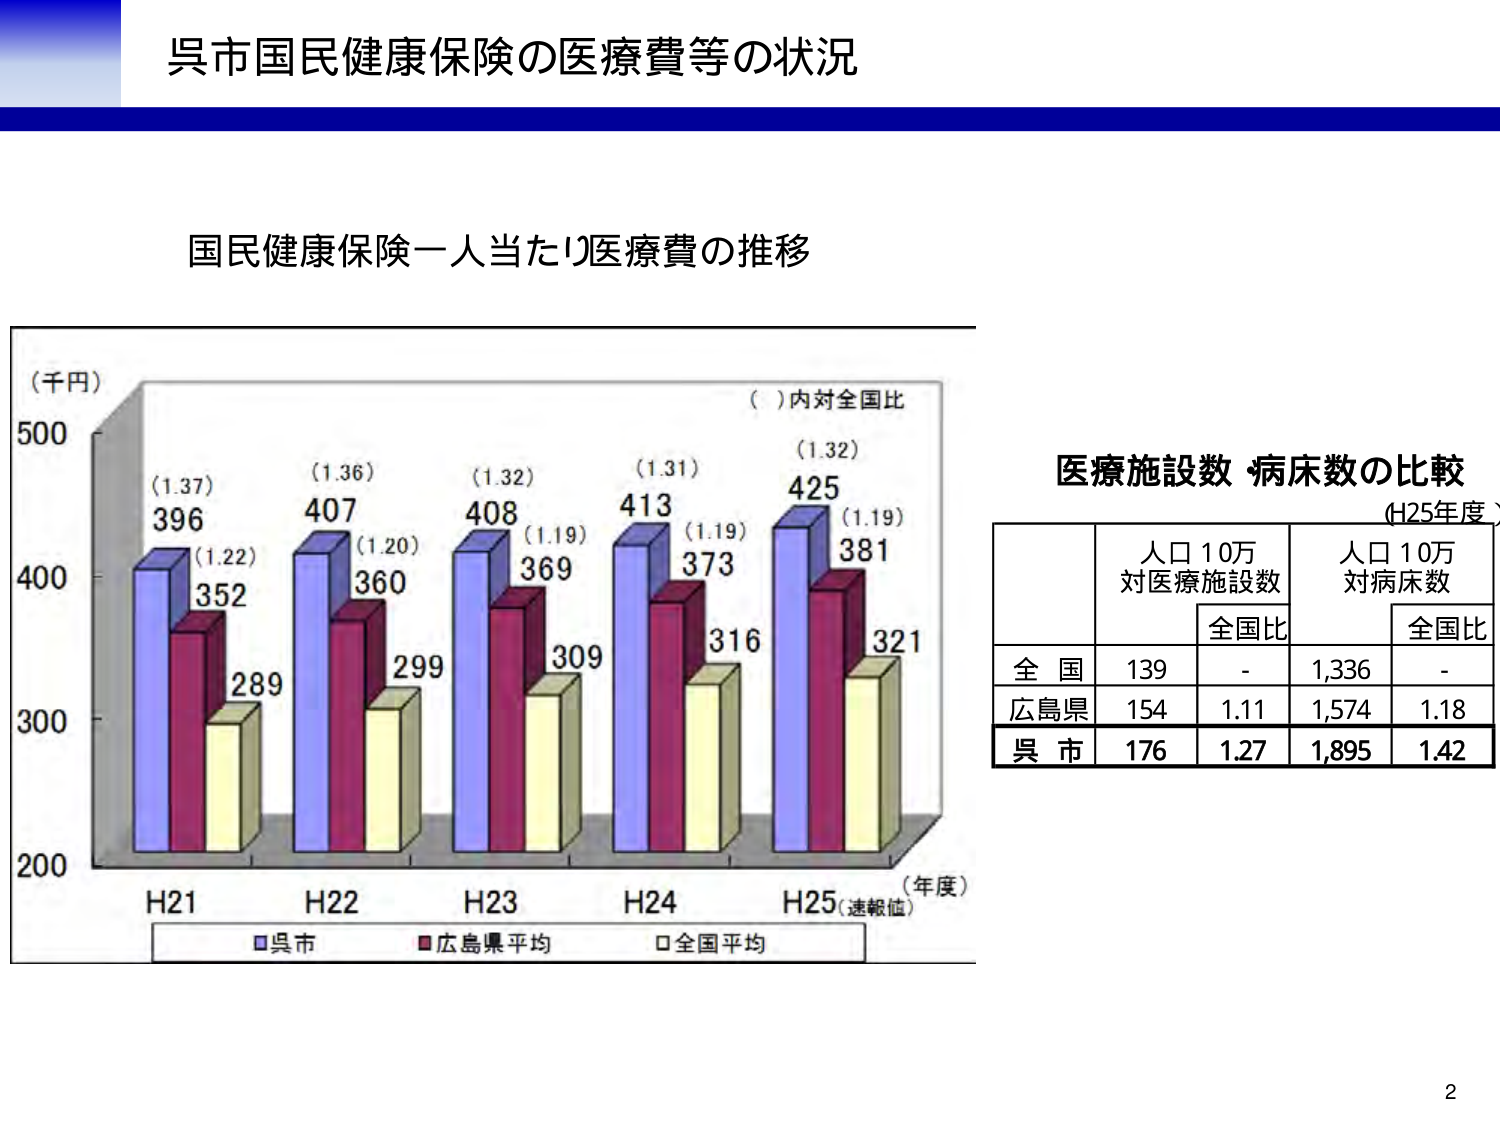
呉市国民健康保険の医療費等の状況

国民健康保険一人当たり医療費の推移

（千円）
500
400
300
200

（ ）内対全国比

（1.37）
396
（1.22）
352
289

（1.36）
407
（1.20）
360
299

（1.32）
408
（1.19）
369
309

（1.31）
413
（1.19）
373
316

（1.32）
425
（1.19）
381
321

H21
H22
H23
H24
H25（速報値）

（年度）

■呉市
■広島県平均
□全国平均

医療施設数・病床数の比較
（H25年度）

人口10万
対医療施設数
全国比

人口10万
対病床数
全国比

全 国
139
-
1,336
-

広島県
154
1.11
1,574
1.18

呉 市
176
1.27
1,895
1.42

2